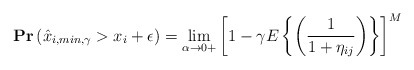
\begin{align*}&\mathbf{Pr}\left(\hat{x}_{i,min,\gamma}> x_i + \epsilon\right)=\lim_{\alpha\rightarrow0+}\left[1-\gamma E\left\{ \left(\frac{1}{1+\eta_{ij}}\right)\right\}\right]^M\\\end{align*}